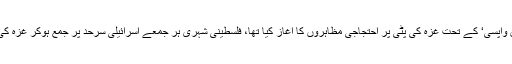
خیال رہے کہ غیور فلسطینیوں نے 30 مارچ 2018 کو ’تحریک حق واپسی‘ کے تحت غزہ کی پٹی پر احتجاجی مظاہروں کا آغاز کیا تھا، فلسطینی شہری ہر جمعے اسرائیلی سرحد پر جمع ہوکر غزہ کی صیہونی مظالم اور غزہ کی ناکہ بندی کے خلاف مظاہرہ کرتے ہیں۔